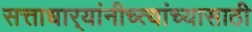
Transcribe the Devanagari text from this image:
सत्ताधार्‍यांनीच्त्यांच्यासाठी